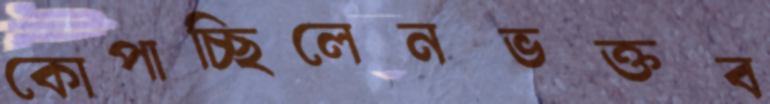
কোপাচ্ছিলেনভক্তব